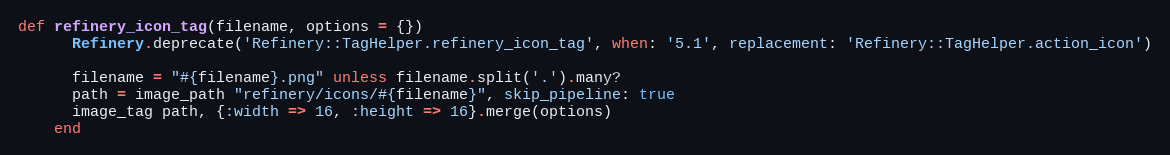
Language: Ruby
def refinery_icon_tag(filename, options = {})
      Refinery.deprecate('Refinery::TagHelper.refinery_icon_tag', when: '5.1', replacement: 'Refinery::TagHelper.action_icon')

      filename = "#{filename}.png" unless filename.split('.').many?
      path = image_path "refinery/icons/#{filename}", skip_pipeline: true
      image_tag path, {:width => 16, :height => 16}.merge(options)
    end